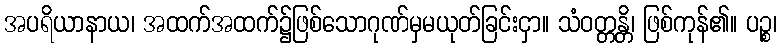
အပရိယာနာယ၊ အထက်အထက်၌ဖြစ်သောဂုဏ်မှမယုတ်ခြင်းငှာ။ သံဝတ္တန္တိ၊ ဖြစ်ကုန်၏။ ပဉ္စ၊